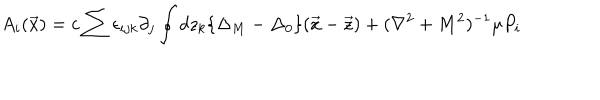
LaTeX: A _ { i } ( \vec { x } ) = c \sum \epsilon _ { i j k } \partial _ { j } \oint d z _ { k } \{ \Delta _ { M } - \Delta _ { 0 } \} ( \vec { x } - \vec { z } ) + ( \nabla ^ { 2 } + M ^ { 2 } ) ^ { - 1 } \mu P _ { i }